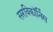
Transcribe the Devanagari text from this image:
सरविकॉर्निस